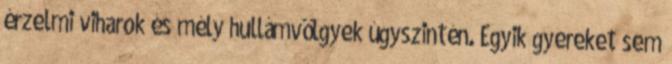
érzelmi viharok és mély hullámvölgyek úgyszintén. Egyik gyereket sem